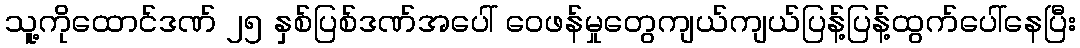
သူ့ကိုထောင်ဒဏ် ၂၅ နှစ်ပြစ်ဒဏ်အပေါ် ဝေဖန်မှုတွေကျယ်ကျယ်ပြန့်ပြန့်ထွက်ပေါ်နေပြီး